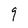
Character: q